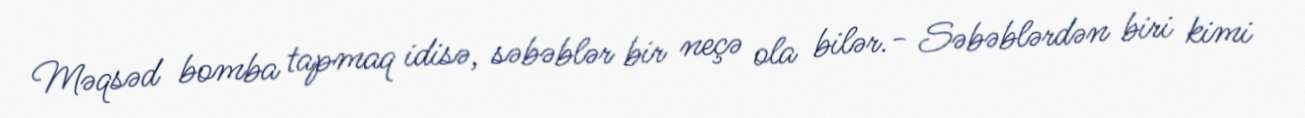
Məqsəd bomba tapmaq idisə, səbəblər bir neçə ola bilər.- Səbəblərdən biri kimi